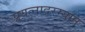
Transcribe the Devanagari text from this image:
प्रयत्नादरम्यान